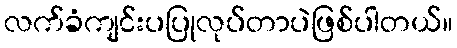
လက်ခံကျင်းပပြုလုပ်တာပဲဖြစ်ပါတယ်။